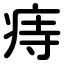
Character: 痔